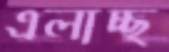
এলাচ্ছ